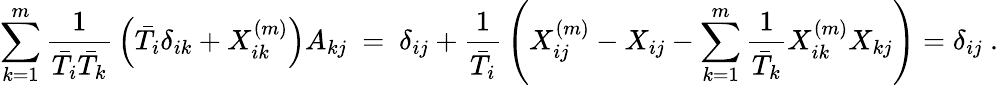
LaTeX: \sum_{k=1}^{m}{\frac{1}{\bar{T}_{i}\bar{T}_{k}}}\left(\bar{T}_{i}\delta_{ik}+X_{ik}^{(m)}\right)A_{kj}\ =\ \delta_{ij}+{\frac{1}{{\bar{T}}_{i}}}\left(X_{ij}^{(m)}-X_{ij}-\sum_{k=1}^{m}{\frac{1}{{\bar{T}}_{k}}}X_{ik}^{(m)}X_{kj}\right)=\delta_{ij}\ .